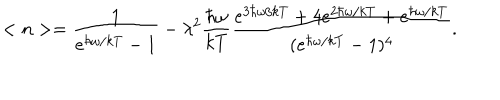
< n > = \frac { 1 } { e ^ { \hbar \omega / k T } - 1 } - \lambda ^ { 2 } \frac { \hbar \omega } { k T } \frac { e ^ { 3 \hbar \omega / k T } + 4 e ^ { 2 \hbar \omega / k T } + e ^ { \hbar \omega / k T } } { ( e ^ { \hbar \omega / k T } - 1 ) ^ { 4 } } .